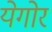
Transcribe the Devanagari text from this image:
येगोर